Scottish Leaving Certificate Examination, 1957
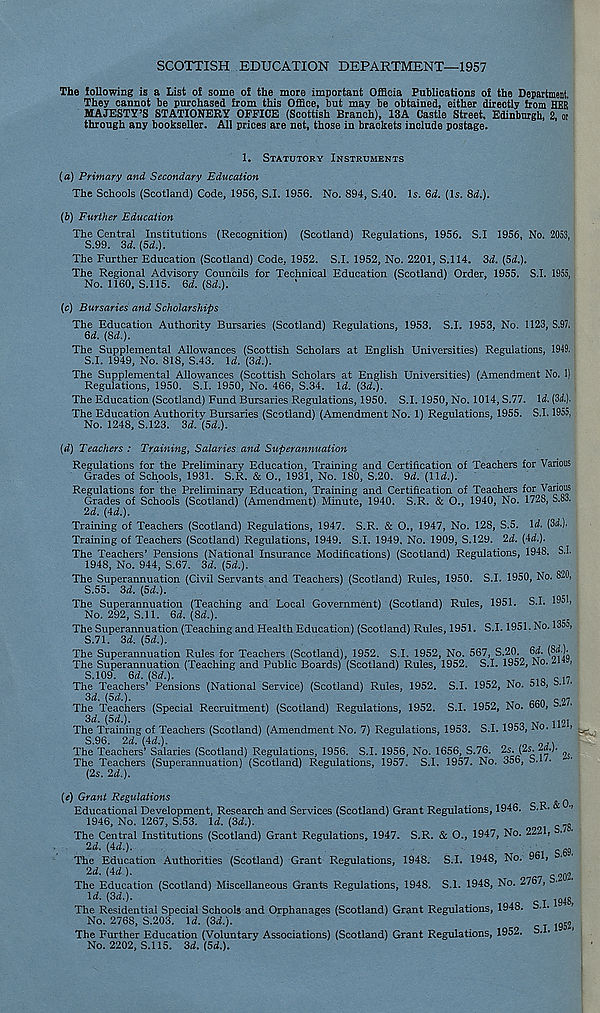
SCOTTISH EDUCATION DEPARTMENT—1957
The following is a List of some of the more important Officia Publications of the Department.
They cannot be purchased from this Office, but may be obtained, either directly from HER
MAJESTY’S STATIONERY OFFICE (Scottish Branch), 13A Castle Street, Edinburgh, 2, or
through any bookseller. All prices are net, those in brackets include postage.
1.
STATUTORY INSTRUMENTS
(a) Primary and Secondary Education
The Schools (Scotland) Code, 1956, S.I. 1956. No. 894, S.40. Is. &d. (Is. 8d.).
(bj Further Education
The Central Institutions (Recognition) (Scotland) Regulations, 1956. S.I 1956, No. 2053,
S.99. 3d. (5d.).
The Further Education (Scotland) Code, 1952. S.I. 1952, No. 2201, S.114. 3d. (5d.).
The Regional Advisory Councils for Technical Education (Scotland) Order, 1955. S.I. 1955,
No. 1160, S.115. 6d. (Sd.).
(c) Bursaries and Scholarships
The Education Authority Bursaries (Scotland) Regulations, 1953. S.I. 1953, No. 1123, S.97.
6d. (8d.).
The Supplemental Allowances (Scottish Scholars at English Universities) Regulations, 1949.
S.I. 1949, No. 818, S.43. Id. (3d.).
The Supplemental Allowances (Scottish Scholars at English Universities) (Amendment No. 1)
Regulations, 1950. S.I. 1950, No. 466, S.34. Id. (3d.).
The Education (Scotland) Fund Bursaries Regulations, 1950. S.I. 1950, No. 1014, S.77. Id. (3d.),
The Education Authority Bursaries (Scotland) (Amendment No. 1) Regulations, 1955. S.I. 1955,
No. 1248, S.123. 3d. (5d.).
(d) Teachers : Training, Salaries and Superannuation
Regulations for the Preliminary Education, Training and Certification of Teachers for Various
Grades of Schools, 1931. S,R. & 0., 1931, No. 180, S.20. 9d. (lid.).
Regulations for the Preliminary Education, Training and Certification of Teachers for Various
Grades of Schools (Scotland) (Amendment) Minute, 1940. S.R. & O., 1940, No. 1728, S.83.
2d. (4d.).
Training of Teachers (Scotland) Regulations, 1947. S.R. & O., 1947, No. 128, S.5. Id. (3d.).
Training of Teachers (Scotland) Regulations, 1949. S.I. 1949, No. 1909, S.129. 2d. (4d.).
The Teachers’ Pensions (National Insurance Modifications) (Scotland) Regulations, 1948. S.I.
1948, No. 944, S.67. 3d. (5d.).
The Superannuation (Civil Servants and Teachers) (Scotland) Rules, 1950. S.I. 1950, No. 820,
S.55. 3d. (5d.).
The Superannuation (Teaching and Local Government) (Scotland) Rules, 1951. S.I. 1951,
No. 292, S.I 1. 6d. (8d.).
The Superannuation (Teaching and Health Education) (Scotland) Rules, 1951. S.I. 1951. No. 1355,
S.71. 3d. (5d.).
The Superannuation Rules for Teachers (Scotland), 1952. S.I. 1952, No. 567, S.20. 6d. (8d.).
The Superannuation (Teaching and Public Boards) (Scotland) Rules, 1952. S.I. 1952, No.
,
S.109. 6d. (Sd.).
rlo c , 7
The Teachers’ Pensions (National Service) (Scotland) Rules, 1952. S.I. 1952, No. 518, 3.
3d. (od.).
ncn c 97
The Teachers (Special Recruitment) (Scotland) Regulations, 1952. S.I. 1952, No. DOU; S.
3d. (5d.).
The Training of Teachers (Scotland) (Amendment No. 7) Regulations, 1953. S.I. 1953, No.
>
S.96. 2d.(4d.).
/n
0 ,>
The Teachers’ Salaries (Scotland) Regulations, 1956. S.I. 1956, No. 1656, S.76. 2s. (2s. ^»*)*
The Teachers (Superannuation) (Scotland) Regulations, 1957. S.I. 1957. No. 356, b.i •
(2s. 2d.).
(e) Grant Regulations
^
Educational Development, Research and Services (Scotland) Grant Regulations, 1946. S.R.
•>
1946, No. 1267, S.53. \d. {3d.).
g
The Central Institutions (Scotland) Grant Regulations, 1947. S.R. & O., 1947, No. 2221, • •
2d. {4d.).
go
The Education Authorities (Scotland) Grant Regulations, 1948. S.I. 1948, No. 961,
2d. {Ad ).
02i
The Education (Scotland) Miscellaneous Grants Regulations, 1948. S.I. 1948, No. 2767,
ld -
1948
The Residential Special Schools and Orphanages (Scotland) Grant Regulations, 1948. S. •
'
No. 2768, S.203. \d. {3d.).
952)
The Further Education (Voluntary Associations) (Scotland) Grant Regulations, 1952. S. .
'
No. 2202, S.115. 3d. (5d.).